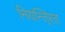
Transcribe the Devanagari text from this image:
नियन्ति्रत